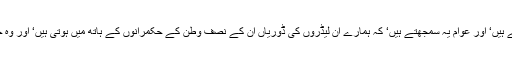
ہمارے کئی لیڈر حضرات پر غیر ملکی ایجنٹوں کے الزامات بھی لگتے رہتے ہیں‘ اور عوام یہ سمجھتے ہیں‘ کہ ہمارے ان لیڈروں کی ڈوریاں ان کے نصف وطن کے حکمرانوں کے ہاتھ میں ہوتی ہیں‘ اور وہ جب چاہیں‘ ان ڈوریوں کو کھینچ لیں اور اپنے مطلب کے نتائج حاصل کر لیں۔